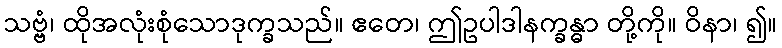
သဗ္ဗံ၊ ထိုအလုံးစုံသောဒုက္ခသည်။ ဧတေ၊ ဤဥပါဒါနက္ခန္ဓာ တို့ကို။ ဝိနာ၊ ၍။